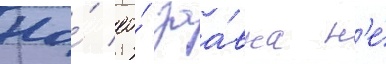
Но́ ео́ заа́вка н'е́